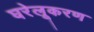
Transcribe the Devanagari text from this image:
घरेलूकरण